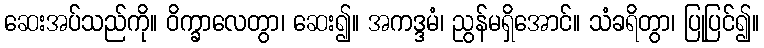
ဆေးအပ်သည်ကို။ ဝိက္ခာလေတွာ၊ ဆေး၍။ အကဒ္ဒမံ၊ ညွန်မရှိအောင်။ သံခရိတွာ၊ ပြုပြင်၍။